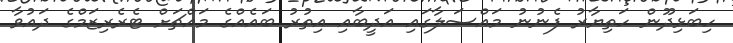
ހިބަޅިދޫން ހަތިޔާރު ފެނުނު މައްސަލާގައި އަދީބާއި އިތުރު ބައެއްގެ މައްޗަށް ޓެރެރިޒަމްގެ ދައުވާ